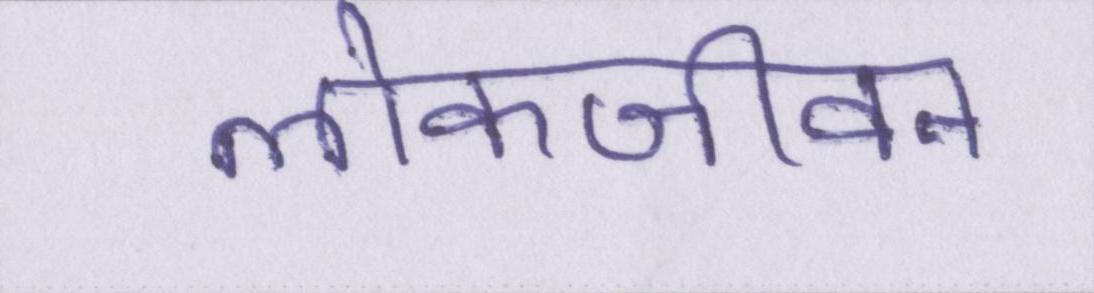
लोकजीवन